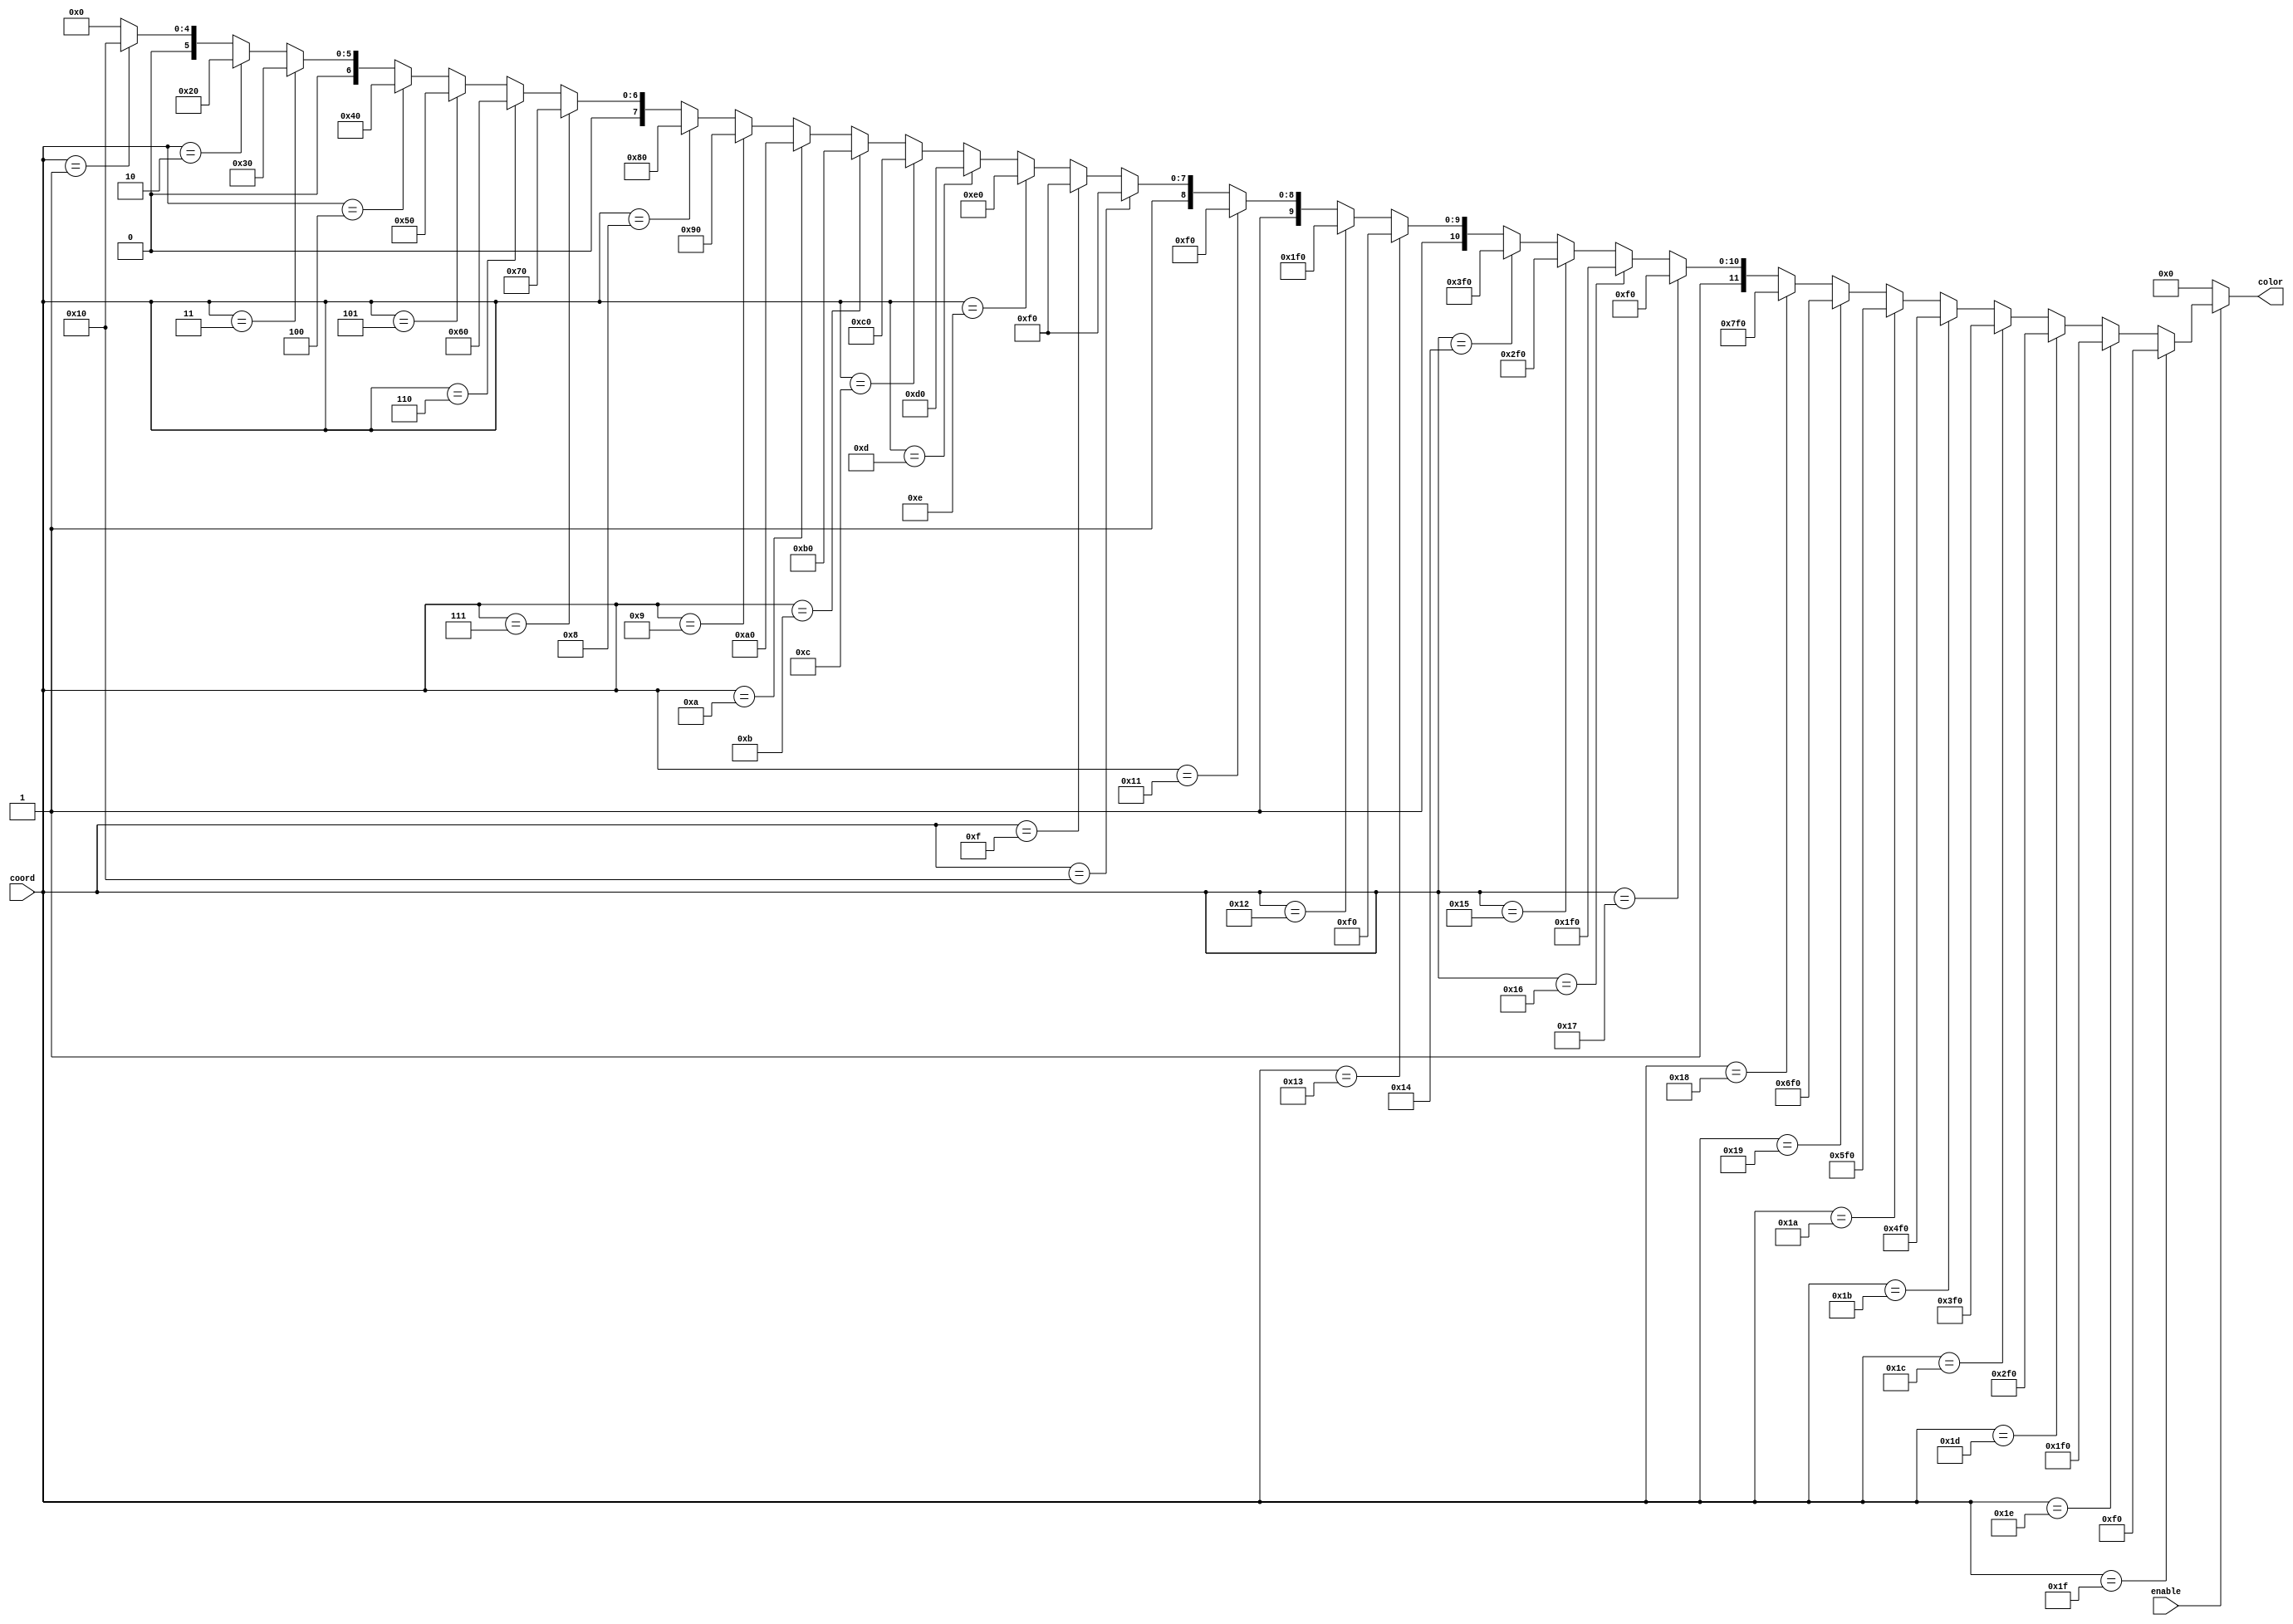
`timescale 1ns / 1ps
//////////////////////////////////////////////////////////////////////////////////
// Company: 
// Engineer: 
// 
// Design Name: 
// Module Name: Color_Hashing
// Project Name: 
// Target Devices: 
// Tool Versions: 
// Description: 
// 
// Dependencies: 
// 
// Revision:
// Revision 0.01 - File Created
// Additional Comments:
// 
//////////////////////////////////////////////////////////////////////////////////


module Color_Hashing(
    input enable,
    input [4:0] coord,
    
    output [11:0] color
    );
    
    assign color = (~enable) ? 12'h000 :
                   (coord == 5'b11111) ? 12'h0F0 :
                   (coord == 5'b11110) ? 12'h1F0 :
                   (coord == 5'b11101) ? 12'h2F0 :
                   (coord == 5'b11100) ? 12'h3F0 : 
                   (coord == 5'b11011) ? 12'h4F0 : 
                   (coord == 5'b11010) ? 12'h5F0 : 
                   (coord == 5'b11001) ? 12'h6F0 : 
                   (coord == 5'b11000) ? 12'h7F0 :        
                   (coord == 5'b10111) ? 12'h8F0 : 
                   (coord == 5'b10110) ? 12'h9F0 : 
                   (coord == 5'b10101) ? 12'hAF0 : 
                   (coord == 5'b10100) ? 12'hBF0 :
                   (coord == 5'b10011) ? 12'hCF0 :
                   (coord == 5'b10010) ? 12'hDF0 :
                   (coord == 5'b10001) ? 12'hEF0 :
                   (coord == 5'b10000) ? 12'hFF0 :
                   (coord == 5'b01111) ? 12'hFF0 :
                   (coord == 5'b01110) ? 12'hFE0 :
                   (coord == 5'b01101) ? 12'hFD0 :
                   (coord == 5'b01100) ? 12'hFC0 :
                   (coord == 5'b01011) ? 12'hFB0 :
                   (coord == 5'b01010) ? 12'hFA0 :
                   (coord == 5'b01001) ? 12'hF90 :
                   (coord == 5'b01000) ? 12'hF80 : 
                   (coord == 5'b00111) ? 12'hF70 :
                   (coord == 5'b00110) ? 12'hF60 :
                   (coord == 5'b00101) ? 12'hF50 :
                   (coord == 5'b00100) ? 12'hF40 :
                   (coord == 5'b00011) ? 12'hF30 :
                   (coord == 5'b00010) ? 12'hF20 :
                   (coord == 5'b00001) ? 12'hF10 : 12'hF00;
    
endmodule